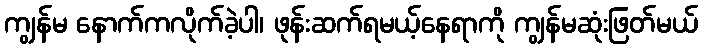
ကျွန်မ နောက်ကလိုက်ခဲ့ပါ၊ ဖုန်းဆက်ရမယ့်နေရာကို ကျွန်မဆုံးဖြတ်မယ်